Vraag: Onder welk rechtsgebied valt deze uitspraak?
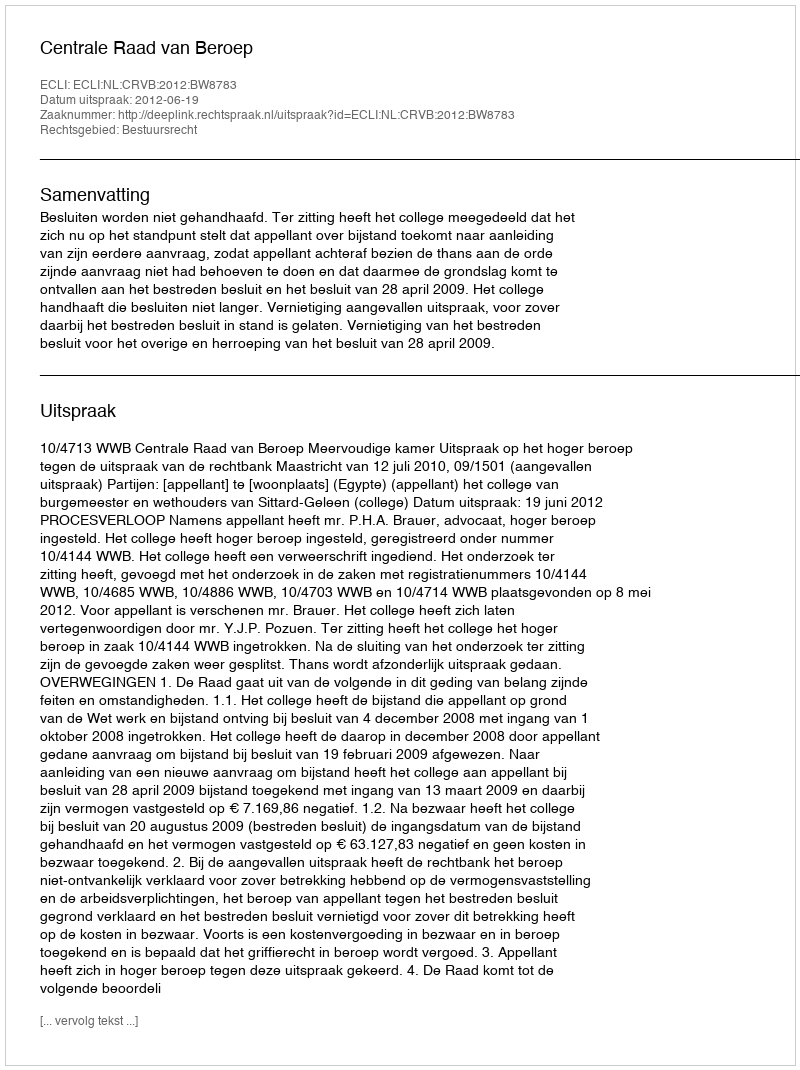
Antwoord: Bestuursrecht